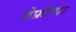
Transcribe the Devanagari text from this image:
जेफ्रीचा